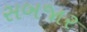
સબજાર